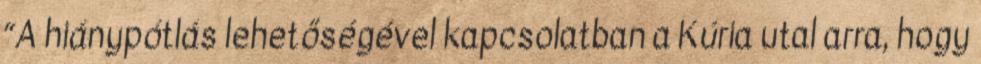
“A hiánypótlás lehetőségével kapcsolatban a Kúria utal arra, hogy